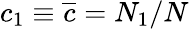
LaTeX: c_{1}\equiv\overline{{c}}=N_{1}/N